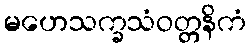
မဟေသက္ခသံဝတ္တနိကံ